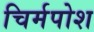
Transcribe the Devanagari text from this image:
चिर्मपोश